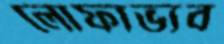
লোফাভ্যব